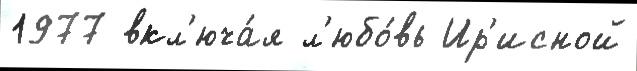
1977 вкл'юча́я л'юбо́вь Ир'исной